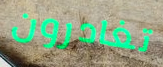
تغادرون